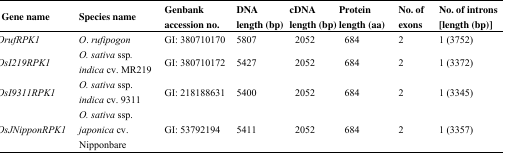
<table><thead><tr><td><b>Gene name</b></td><td><b>Species name</b></td><td><b>Genbank accession no.</b></td><td><b>DNA length (bp)</b></td><td><b>cDNA length (bp)</b></td><td><b>Protein length (aa)</b></td><td><b>No. of exons</b></td><td><b>No. of introns [length (bp)]</b></td></tr></thead><tbody><tr><td><i>OrufRPK1</i></td><td><i>O. rufipogon</i></td><td>GI: 380710170</td><td>5807</td><td>2052</td><td>684</td><td>2</td><td>1 (3752)</td></tr><tr><td><i>OsI219RPK1</i></td><td><i>O. sativa</i> ssp<i>. indica</i> cv. MR219</td><td>GI: 380710172</td><td>5427</td><td>2052</td><td>684</td><td>2</td><td>1 (3372)</td></tr><tr><td><i>OsI9311RPK1</i></td><td><i>O. sativa</i> ssp. <i>indica</i> cv. 9311</td><td>GI: 218188631</td><td>5400</td><td>2052</td><td>684</td><td>2</td><td>1 (3345)</td></tr><tr><td><i>OsJNipponRPK1</i></td><td><i>O. sativa</i> ssp. <i>japonica</i> cv. Nipponbare</td><td>GI: 53792194</td><td>5411</td><td>2052</td><td>684</td><td>2</td><td>1 (3357)</td></tr></tbody></table>